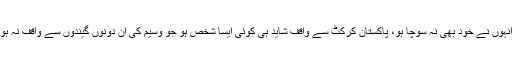
اور پھر وسیم نے وہ کر دکھایا جس کا شاید انہوں نے خود بھی نہ سوچا ہو، پاکستان کرکٹ سے واقف شاید ہی کوئی ایسا شخص ہو جو وسیم کی ان دونوں گیندوں سے واقف نہ ہو جنہوں نے انگلش صفوں کو ہلا کر رکھ دیا۔